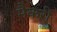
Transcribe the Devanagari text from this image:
मैकरी